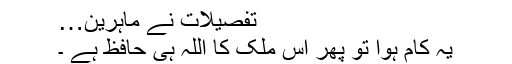
تفصیلات نے ماہرین…
یہ کام ہوا تو پھر اس ملک کا اللہ ہی حافظ ہے ۔